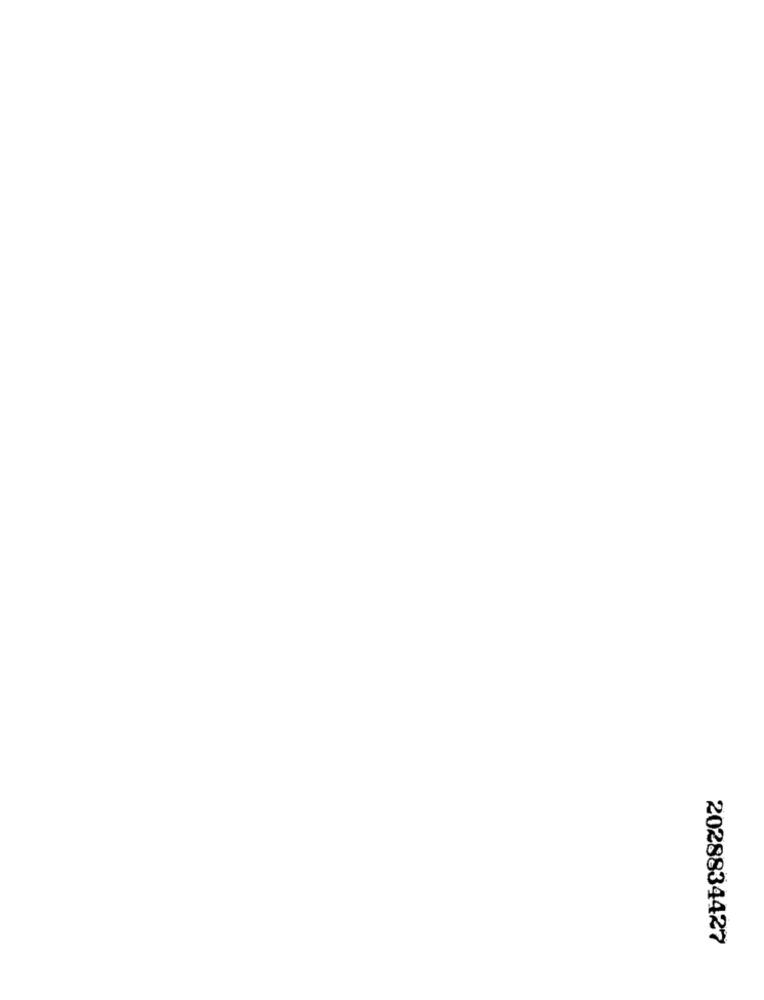
2028834427